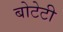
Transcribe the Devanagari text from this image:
बोटेटी